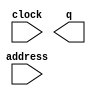
// megafunction wizard: %ROM: 1-PORT%VBB%
// GENERATION: STANDARD
// VERSION: WM1.0
// MODULE: altsyncram 

// ============================================================
// Megafunction Name(s):
// 			altsyncram
//
// Simulation Library Files(s):
// 			altera_mf
// ============================================================
// ************************************************************
// THIS IS A WIZARD-GENERATED FILE. DO NOT EDIT THIS FILE!
//
// 22.1std.2 Build 922 07/20/2023 SC Lite Edition
// ************************************************************

//Copyright (C) 2023  Intel Corporation. All rights reserved.
//Your use of Intel Corporation's design tools, logic functions 
//and other software and tools, and any partner logic 
//functions, and any output files from any of the foregoing 
//(including device programming or simulation files), and any 
//associated documentation or information are expressly subject 
//to the terms and conditions of the Intel Program License 
//Subscription Agreement, the Intel Quartus Prime License Agreement,
//the Intel FPGA IP License Agreement, or other applicable license
//agreement, including, without limitation, that your use is for
//the sole purpose of programming logic devices manufactured by
//Intel and sold by Intel or its authorized distributors.  Please
//refer to the applicable agreement for further details, at
//https://fpgasoftware.intel.com/eula.

module vector (
	address,
	clock,
	q);

	input	[4:0]  address;
	input	  clock;
	output	[7:0]  q;
`ifndef ALTERA_RESERVED_QIS
// synopsys translate_off
`endif
	tri1	  clock;
`ifndef ALTERA_RESERVED_QIS
// synopsys translate_on
`endif

endmodule

// ============================================================
// CNX file retrieval info
// ============================================================
// Retrieval info: PRIVATE: ADDRESSSTALL_A NUMERIC "0"
// Retrieval info: PRIVATE: AclrAddr NUMERIC "0"
// Retrieval info: PRIVATE: AclrByte NUMERIC "0"
// Retrieval info: PRIVATE: AclrOutput NUMERIC "0"
// Retrieval info: PRIVATE: BYTE_ENABLE NUMERIC "0"
// Retrieval info: PRIVATE: BYTE_SIZE NUMERIC "8"
// Retrieval info: PRIVATE: BlankMemory NUMERIC "0"
// Retrieval info: PRIVATE: CLOCK_ENABLE_INPUT_A NUMERIC "0"
// Retrieval info: PRIVATE: CLOCK_ENABLE_OUTPUT_A NUMERIC "0"
// Retrieval info: PRIVATE: Clken NUMERIC "0"
// Retrieval info: PRIVATE: IMPLEMENT_IN_LES NUMERIC "0"
// Retrieval info: PRIVATE: INIT_FILE_LAYOUT STRING "PORT_A"
// Retrieval info: PRIVATE: INIT_TO_SIM_X NUMERIC "0"
// Retrieval info: PRIVATE: INTENDED_DEVICE_FAMILY STRING "Cyclone V"
// Retrieval info: PRIVATE: JTAG_ENABLED NUMERIC "0"
// Retrieval info: PRIVATE: JTAG_ID STRING "NONE"
// Retrieval info: PRIVATE: MAXIMUM_DEPTH NUMERIC "0"
// Retrieval info: PRIVATE: MIFfilename STRING "../../memfiles/nessy-game.nes.fffa"
// Retrieval info: PRIVATE: NUMWORDS_A NUMERIC "32"
// Retrieval info: PRIVATE: RAM_BLOCK_TYPE NUMERIC "0"
// Retrieval info: PRIVATE: RegAddr NUMERIC "1"
// Retrieval info: PRIVATE: RegOutput NUMERIC "1"
// Retrieval info: PRIVATE: SYNTH_WRAPPER_GEN_POSTFIX STRING "0"
// Retrieval info: PRIVATE: SingleClock NUMERIC "1"
// Retrieval info: PRIVATE: UseDQRAM NUMERIC "0"
// Retrieval info: PRIVATE: WidthAddr NUMERIC "5"
// Retrieval info: PRIVATE: WidthData NUMERIC "8"
// Retrieval info: PRIVATE: rden NUMERIC "0"
// Retrieval info: LIBRARY: altera_mf altera_mf.altera_mf_components.all
// Retrieval info: CONSTANT: ADDRESS_ACLR_A STRING "NONE"
// Retrieval info: CONSTANT: CLOCK_ENABLE_INPUT_A STRING "BYPASS"
// Retrieval info: CONSTANT: CLOCK_ENABLE_OUTPUT_A STRING "BYPASS"
// Retrieval info: CONSTANT: INIT_FILE STRING "../../memfiles/nessy-game.nes.fffa"
// Retrieval info: CONSTANT: INTENDED_DEVICE_FAMILY STRING "Cyclone V"
// Retrieval info: CONSTANT: LPM_HINT STRING "ENABLE_RUNTIME_MOD=NO"
// Retrieval info: CONSTANT: LPM_TYPE STRING "altsyncram"
// Retrieval info: CONSTANT: NUMWORDS_A NUMERIC "32"
// Retrieval info: CONSTANT: OPERATION_MODE STRING "ROM"
// Retrieval info: CONSTANT: OUTDATA_ACLR_A STRING "NONE"
// Retrieval info: CONSTANT: OUTDATA_REG_A STRING "CLOCK0"
// Retrieval info: CONSTANT: WIDTHAD_A NUMERIC "5"
// Retrieval info: CONSTANT: WIDTH_A NUMERIC "8"
// Retrieval info: CONSTANT: WIDTH_BYTEENA_A NUMERIC "1"
// Retrieval info: USED_PORT: address 0 0 5 0 INPUT NODEFVAL "address[4..0]"
// Retrieval info: USED_PORT: clock 0 0 0 0 INPUT VCC "clock"
// Retrieval info: USED_PORT: q 0 0 8 0 OUTPUT NODEFVAL "q[7..0]"
// Retrieval info: CONNECT: @address_a 0 0 5 0 address 0 0 5 0
// Retrieval info: CONNECT: @clock0 0 0 0 0 clock 0 0 0 0
// Retrieval info: CONNECT: q 0 0 8 0 @q_a 0 0 8 0
// Retrieval info: GEN_FILE: TYPE_NORMAL vector.v TRUE
// Retrieval info: GEN_FILE: TYPE_NORMAL vector.inc FALSE
// Retrieval info: GEN_FILE: TYPE_NORMAL vector.cmp FALSE
// Retrieval info: GEN_FILE: TYPE_NORMAL vector.bsf TRUE
// Retrieval info: GEN_FILE: TYPE_NORMAL vector_inst.v FALSE
// Retrieval info: GEN_FILE: TYPE_NORMAL vector_bb.v TRUE
// Retrieval info: LIB_FILE: altera_mf